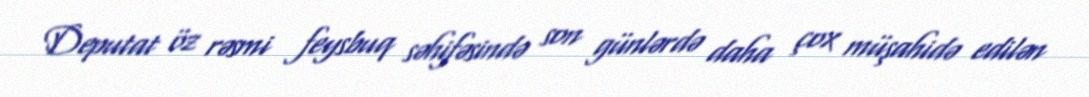
Deputat öz rəsmi feysbuq səhifəsində son günlərdə daha çox müşahidə edilən